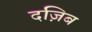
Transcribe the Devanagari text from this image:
दज़िब